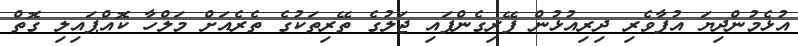
އުޅެމުންދިޔަ އުފާވެރި ދިރިއުޅުން ފޭރިގެންފައި ޖަލުގެ ތޭރިތަކުގެ ތެރެއަށް މަލްހާ ކޮއްޕައިލި ގޮތް